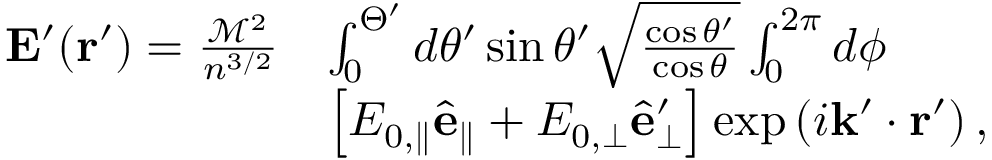
\begin{array} { r l } { \mathbf { E } ^ { \prime } ( \mathbf { r } ^ { \prime } ) = \frac { \mathcal { M } ^ { 2 } } { n ^ { 3 / 2 } } } & { \int _ { 0 } ^ { \Theta ^ { \prime } } d \theta ^ { \prime } \sin \theta ^ { \prime } \sqrt { \frac { \cos \theta ^ { \prime } } { \cos \theta } } \int _ { 0 } ^ { 2 \pi } d \phi } \\ & { \left[ E _ { 0 , \parallel } \hat { \mathbf { e } } _ { \parallel } + E _ { 0 , \perp } \hat { \mathbf { e } } _ { \perp } ^ { \prime } \right] \exp \left( i \mathbf { k } ^ { \prime } \cdot \mathbf { r } ^ { \prime } \right) , } \end{array}